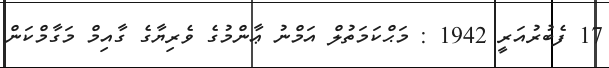
17 ފެބުރުއަރީ 1942 : މަޙްކަމަތުލް އަމްނު ޢާންމުގެ ވެރިޔާގެ ގާއިމް މަގާމްކަން